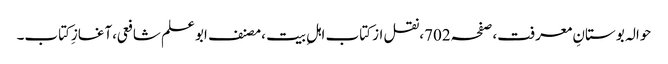
حوالہ بوستانِ معرفت،صفحہ702،نقل از کتاب اہلِ بیت ،مصنف ابوعلم شافعی،آغازِکتاب۔